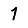
Digit: 1